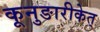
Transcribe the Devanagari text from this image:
कूनुङारीकेत्